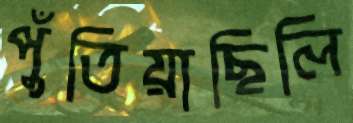
পুঁতিয়াছিলি